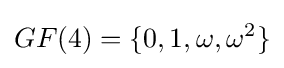
GF(4)=\{0,1,\omega ,\omega ^{2}\}